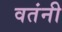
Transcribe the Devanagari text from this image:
वतंनी